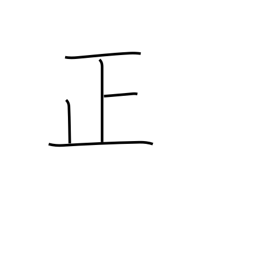
Meaning: righteous